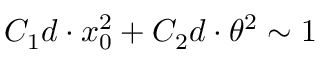
C _ { 1 } d \cdot x _ { 0 } ^ { 2 } + C _ { 2 } d \cdot \theta ^ { 2 } \sim 1